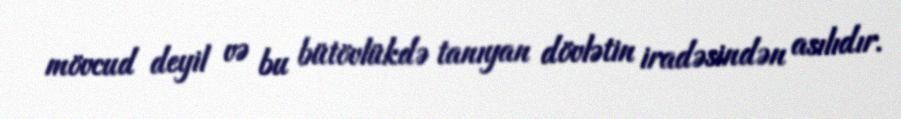
mövcud deyil və bu bütövlükdə tanıyan dövlətin iradəsindən asılıdır.